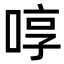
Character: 啍